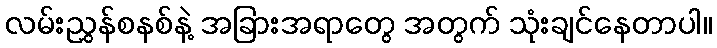
လမ်းညွှန်စနစ်နဲ့ အခြားအရာတွေ အတွက် သုံးချင်နေတာပါ။